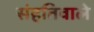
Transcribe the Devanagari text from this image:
संहतिवाले